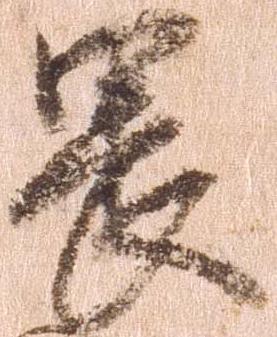
畏